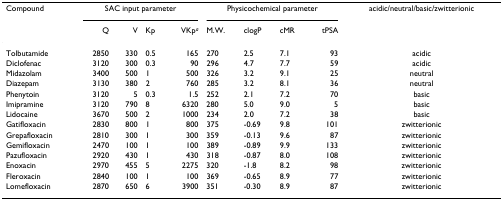
<table><thead><tr><td><b>Compound</b></td><td colspan="4"><b>SAC input parameter</b></td><td colspan="4"><b>Physicochemical parameter</b></td><td><b>acidic/neutral/basic/zwitterionic</b></td></tr><tr><td></td><td><b>Q</b></td><td><b>V</b></td><td><b>Kp</b></td><td><b>VKp<sup><i>a</i></sup></b></td><td><b>M.W.</b></td><td><b>clogP</b></td><td><b>cMR</b></td><td><b>tPSA</b></td><td></td></tr></thead><tbody><tr><td>Tolbutamide</td><td>2850</td><td>330</td><td>0.5</td><td>165</td><td>270</td><td>2.5</td><td>7.1</td><td>93</td><td>acidic</td></tr><tr><td>Diclofenac</td><td>3120</td><td>300</td><td>0.3</td><td>90</td><td>296</td><td>4.7</td><td>7.7</td><td>59</td><td>acidic</td></tr><tr><td>Midazolam</td><td>3400</td><td>500</td><td>1</td><td>500</td><td>326</td><td>3.2</td><td>9.1</td><td>25</td><td>neutral</td></tr><tr><td>Diazepam</td><td>3130</td><td>380</td><td>2</td><td>760</td><td>285</td><td>3.2</td><td>8.1</td><td>36</td><td>neutral</td></tr><tr><td>Phenytoin</td><td>3120</td><td>5</td><td>0.3</td><td>1.5</td><td>252</td><td>2.1</td><td>7.2</td><td>70</td><td>basic</td></tr><tr><td>Imipramine</td><td>3120</td><td>790</td><td>8</td><td>6320</td><td>280</td><td>5.0</td><td>9.0</td><td>5</td><td>basic</td></tr><tr><td>Lidocaine</td><td>3670</td><td>500</td><td>2</td><td>1000</td><td>234</td><td>2.0</td><td>7.2</td><td>38</td><td>basic</td></tr><tr><td>Gatifloxacin</td><td>2830</td><td>800</td><td>1</td><td>800</td><td>375</td><td>-0.69</td><td>9.8</td><td>101</td><td>zwitterionic</td></tr><tr><td>Grepafloxacin</td><td>2810</td><td>300</td><td>1</td><td>300</td><td>359</td><td>-0.13</td><td>9.6</td><td>87</td><td>zwitterionic</td></tr><tr><td>Gemifloxacin</td><td>2470</td><td>100</td><td>1</td><td>100</td><td>389</td><td>-0.89</td><td>9.9</td><td>133</td><td>zwitterionic</td></tr><tr><td>Pazufloxacin</td><td>2920</td><td>430</td><td>1</td><td>430</td><td>318</td><td>-0.87</td><td>8.0</td><td>108</td><td>zwitterionic</td></tr><tr><td>Enoxacin</td><td>2970</td><td>455</td><td>5</td><td>2275</td><td>320</td><td>-1.8</td><td>8.2</td><td>98</td><td>zwitterionic</td></tr><tr><td>Fleroxacin</td><td>2840</td><td>100</td><td>1</td><td>100</td><td>369</td><td>-0.65</td><td>8.9</td><td>77</td><td>zwitterionic</td></tr><tr><td>Lomefloxacin</td><td>2870</td><td>650</td><td>6</td><td>3900</td><td>351</td><td>-0.30</td><td>8.9</td><td>87</td><td>zwitterionic</td></tr></tbody></table>